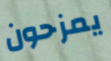
يمزحون